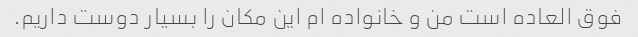
فوق العاده است من و خانواده ام این مکان را بسیار دوست داریم.